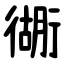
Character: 衚